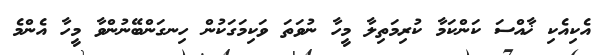
އެކިއެކި ޚާއްސަ ކަންކަމާ ކުރިމަތިލާ މީހާ ނުވަތަ ވަކިމަގަކުން ހިނގަންބޭނުންވާ މީހާ އެންމެ